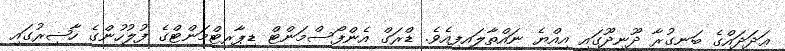
ޢަދަދައްގެ ބަނގުރާ ދޫނިދޫގައި އިއްޔެ ނައްތާލައިފިއެވެ. ޑްރަގް އެންފޯސްމަންޓް ޑިޕާރޓްމަންޓްގެ ފުލުހުންގެ ހާޟިރުގައި